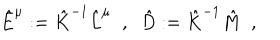
\hat { E } ^ { \mu } : = \hat { K } ^ { - 1 } \hat { L } ^ { \mu } \; \; , \; \; \hat { D } : = \hat { K } ^ { - 1 } \hat { M } \; \; ,